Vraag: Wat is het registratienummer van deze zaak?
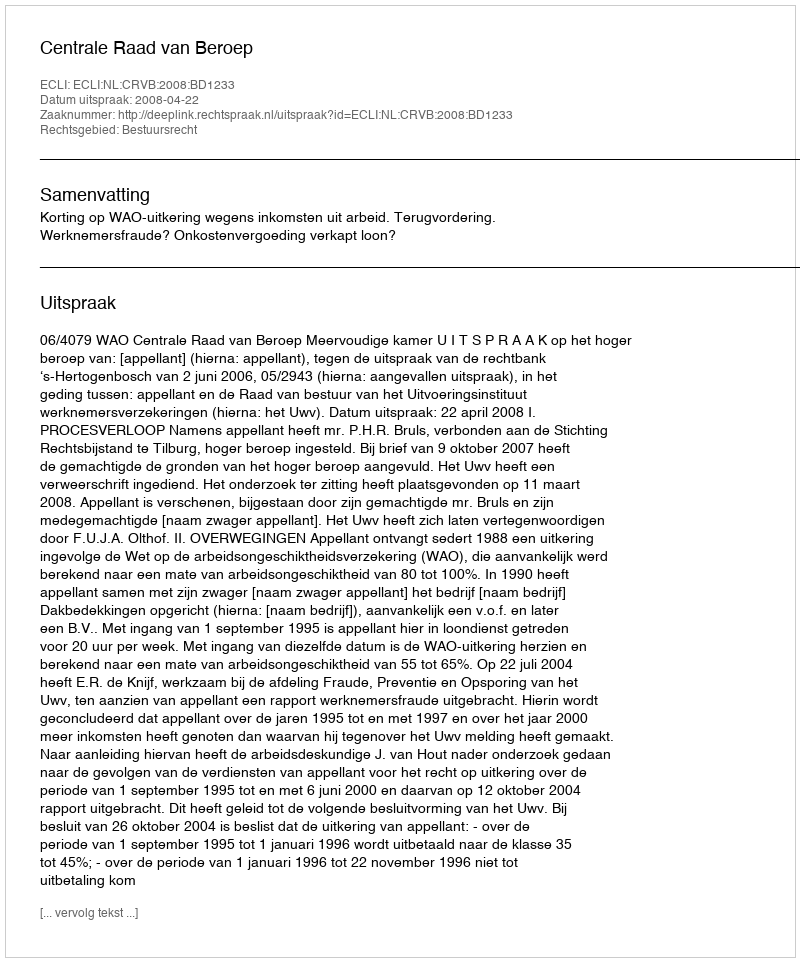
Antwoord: http://deeplink.rechtspraak.nl/uitspraak?id=ECLI:NL:CRVB:2008:BD1233